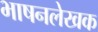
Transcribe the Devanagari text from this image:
भाषनलेखक